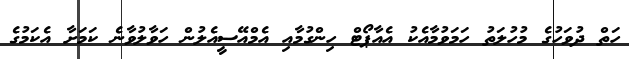
ހަތް ދުވަހުގެ މުހުލަތު ހަމަވުމާއެކު އެއާޕޯޓް ހިންގުމާއި އެމްއޭސީއެލުން ހަވާލުވާނެ ކަމަށާ އެކަމުގެ